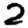
Digit: 2